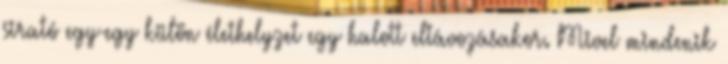
sirató egy-egy külön élethelyzet egy halott eltávozásakor. Mivel mindenik